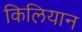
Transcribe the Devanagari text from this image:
किलियान